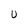
Character: U